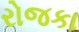
રોજકા